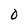
Character: O